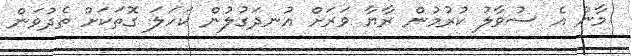
މާން އެ ސުވާލު ކުރުމުން ރާޔާ ވަރަށް އުނދަގުލުން ކަހަލަ ގޮތަކަށް ތެދުވަން